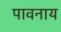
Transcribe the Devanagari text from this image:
पावनाय